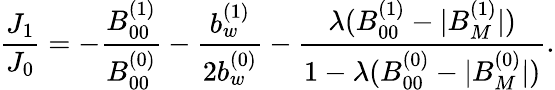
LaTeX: \frac{J_{1}}{J_{0}}=-\frac{B_{00}^{(1)}}{B_{00}^{(0)}}-\frac{b_{w}^{(1)}}{2b_{w}^{(0)}}-\frac{\lambda(B_{00}^{(1)}-|B_{M}^{(1)}|)}{1-\lambda(B_{00}^{(0)}-|B_{M}^{(0)}|)}.